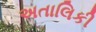
અતાલિકી